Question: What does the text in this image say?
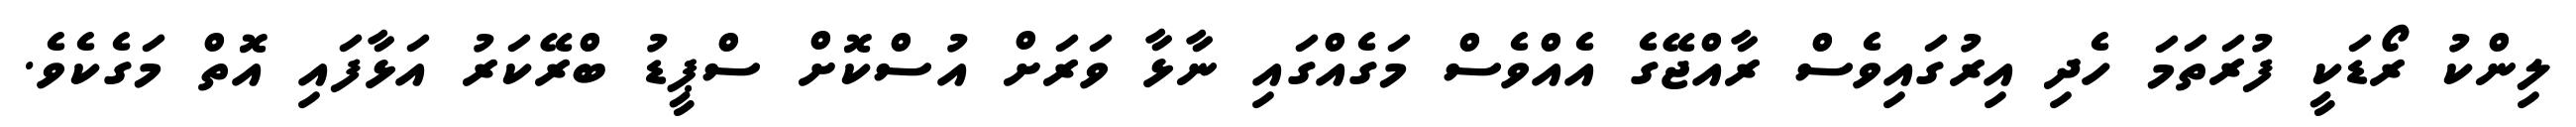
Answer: ލިންކު ރޯޑަކީ ފުރަތަމަ ހެދި އިރުގައިވެސް ރާއްޖޭގެ އެއްވެސް މަގެއްގައި ނާޅާ ވަރަށް އުސްކޮށް ސްޕީޑު ބްރޭކަރު އަޅާފައި އޮތް މަގެކެވެ.